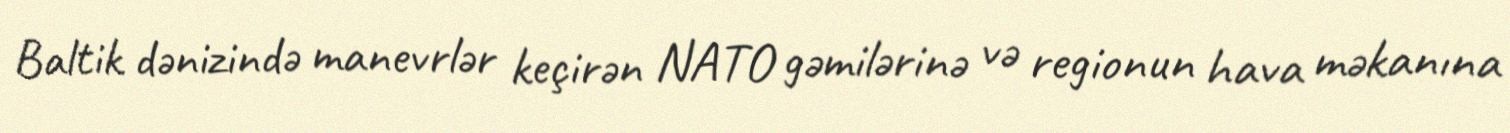
Baltik dənizində manevrlər keçirən NATO gəmilərinə və regionun hava məkanına